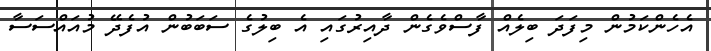
އެހެންކަމުން މިފަދަ ބިލެއް ފާސްވެގެން ދާއިރުގައި އެ ބިލުގެ ސަބަބުން އުފެދޭ މުއައްސަސާ